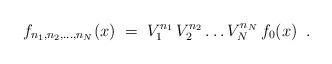
LaTeX: \begin{align*}f_{n_1,n_2,\ldots,n_N}(x) \;=\; V_1^{n_1} \, V_2^{n_2} \ldots V_N^{n_N} \, f_0(x) \;\;.\end{align*}